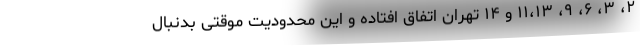
۲، ۳، ۶، ۹، ۱۱،۱۳ و ۱۴ تهران اتفاق افتاده و این محدودیت موقتی بدنبال